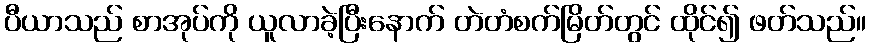
ပီယာသည် စာအုပ်ကို ယူလာခဲ့ပြီးနောက် တဲတံစက်မြိတ်တွင် ထိုင်၍ ဖတ်သည်။